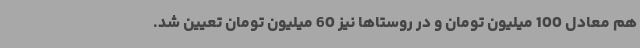
هم معادل 100 میلیون تومان و در روستاها نیز 60 میلیون تومان تعیین شد.